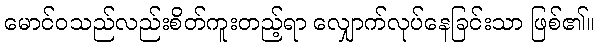
မောင်ဝသည်လည်းစိတ်ကူးတည့်ရာ လျှောက်လုပ်နေခြင်းသာ ဖြစ်၏။